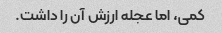
کمی، اما عجله ارزش آن را داشت.